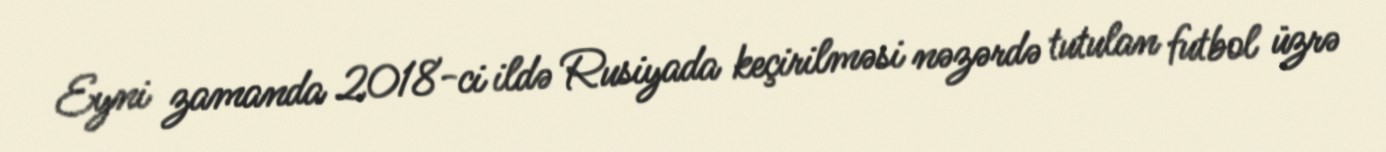
Eyni zamanda 2018-ci ildə Rusiyada keçirilməsi nəzərdə tutulan futbol üzrə